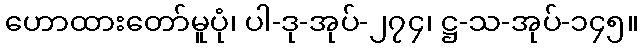
ဟောထားတော်မူပုံ၊ ပါ-ဒု-အုပ်-၂၇၄၊ ဋ္ဌ-သ-အုပ်-၁၄၅။